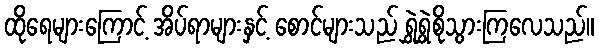
ထိုရေများကြောင့် အိပ်ရာများနှင့် စောင်များသည် ရွှဲရွှဲစိုသွားကြလေသည်။